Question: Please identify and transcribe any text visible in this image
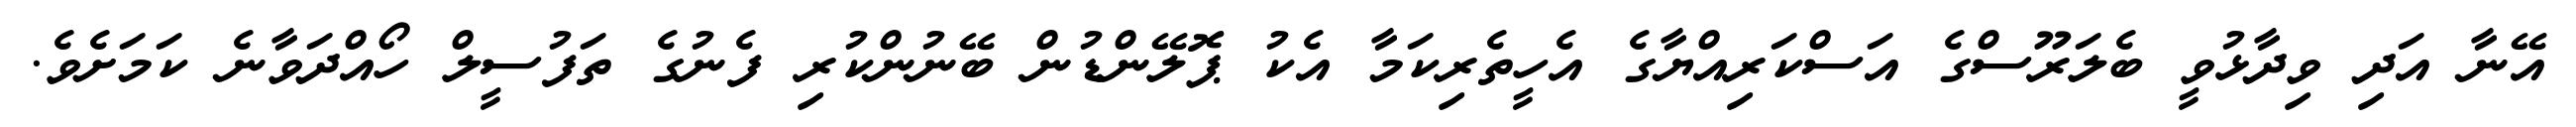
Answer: އޭނާ އަދި ވިދާޅުވީ ބެލަރޫސްގެ އަސްކަރިއްޔާގެ އެހީތެރިކަމާ އެކު ޕޮލޭންޑުން ބޭނުންކުރި ފެނުގެ ތަފުސީލް ހޯއްދަވާނެ ކަމަށެވެ.